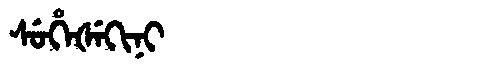
Manchu: ᠰᡠᡥᡝᡧᡝᡴᡳᠨᡳ
Romanization: SUHEŠEKINI